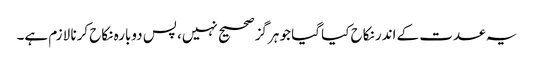
یہ عدت کے اندر نکاح کیا گیا جو ہرگز صحیح نہیں، پس دوبارہ نکاح کرنا لازم ہے۔